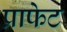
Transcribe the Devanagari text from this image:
प्राफेट